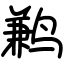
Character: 鹣